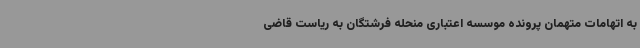
به اتهامات متهمان پرونده موسسه اعتباری منحله فرشتگان به ریاست قاضی